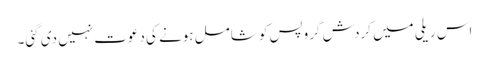
اس ریلی میں کردش گروپس کو شامل ہونے کی دعوت نہیں دی گئی۔